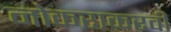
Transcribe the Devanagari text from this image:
नोकराकरवी